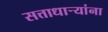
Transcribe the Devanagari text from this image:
सत्ताधाऱ्यांना